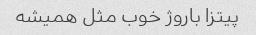
پیتزا باروژ خوب مثل همیشه